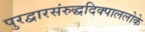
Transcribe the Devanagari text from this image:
पुरद्वारसंरुद्धदिक्पाललोके